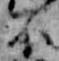
不